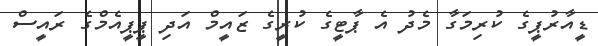
ޑީއާރުޕީގެ ކުރިމަގާ މެދު އެ ޕާޓީގެ ކުރީގެ ޒައީމް އަދި ޕީޕީއެމްގެ ރައީސް